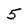
Character: 5